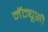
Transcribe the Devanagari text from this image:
मॅट्यूसी